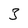
Character: 3